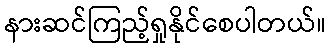
နားဆင်ကြည့်ရှုနိုင်စေပါတယ်။